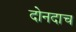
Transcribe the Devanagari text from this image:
दोनदाच